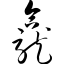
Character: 龛